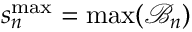
s _ { n } ^ { \mathrm { m a x } } = \operatorname* { m a x } ( \mathcal { B } _ { n } )